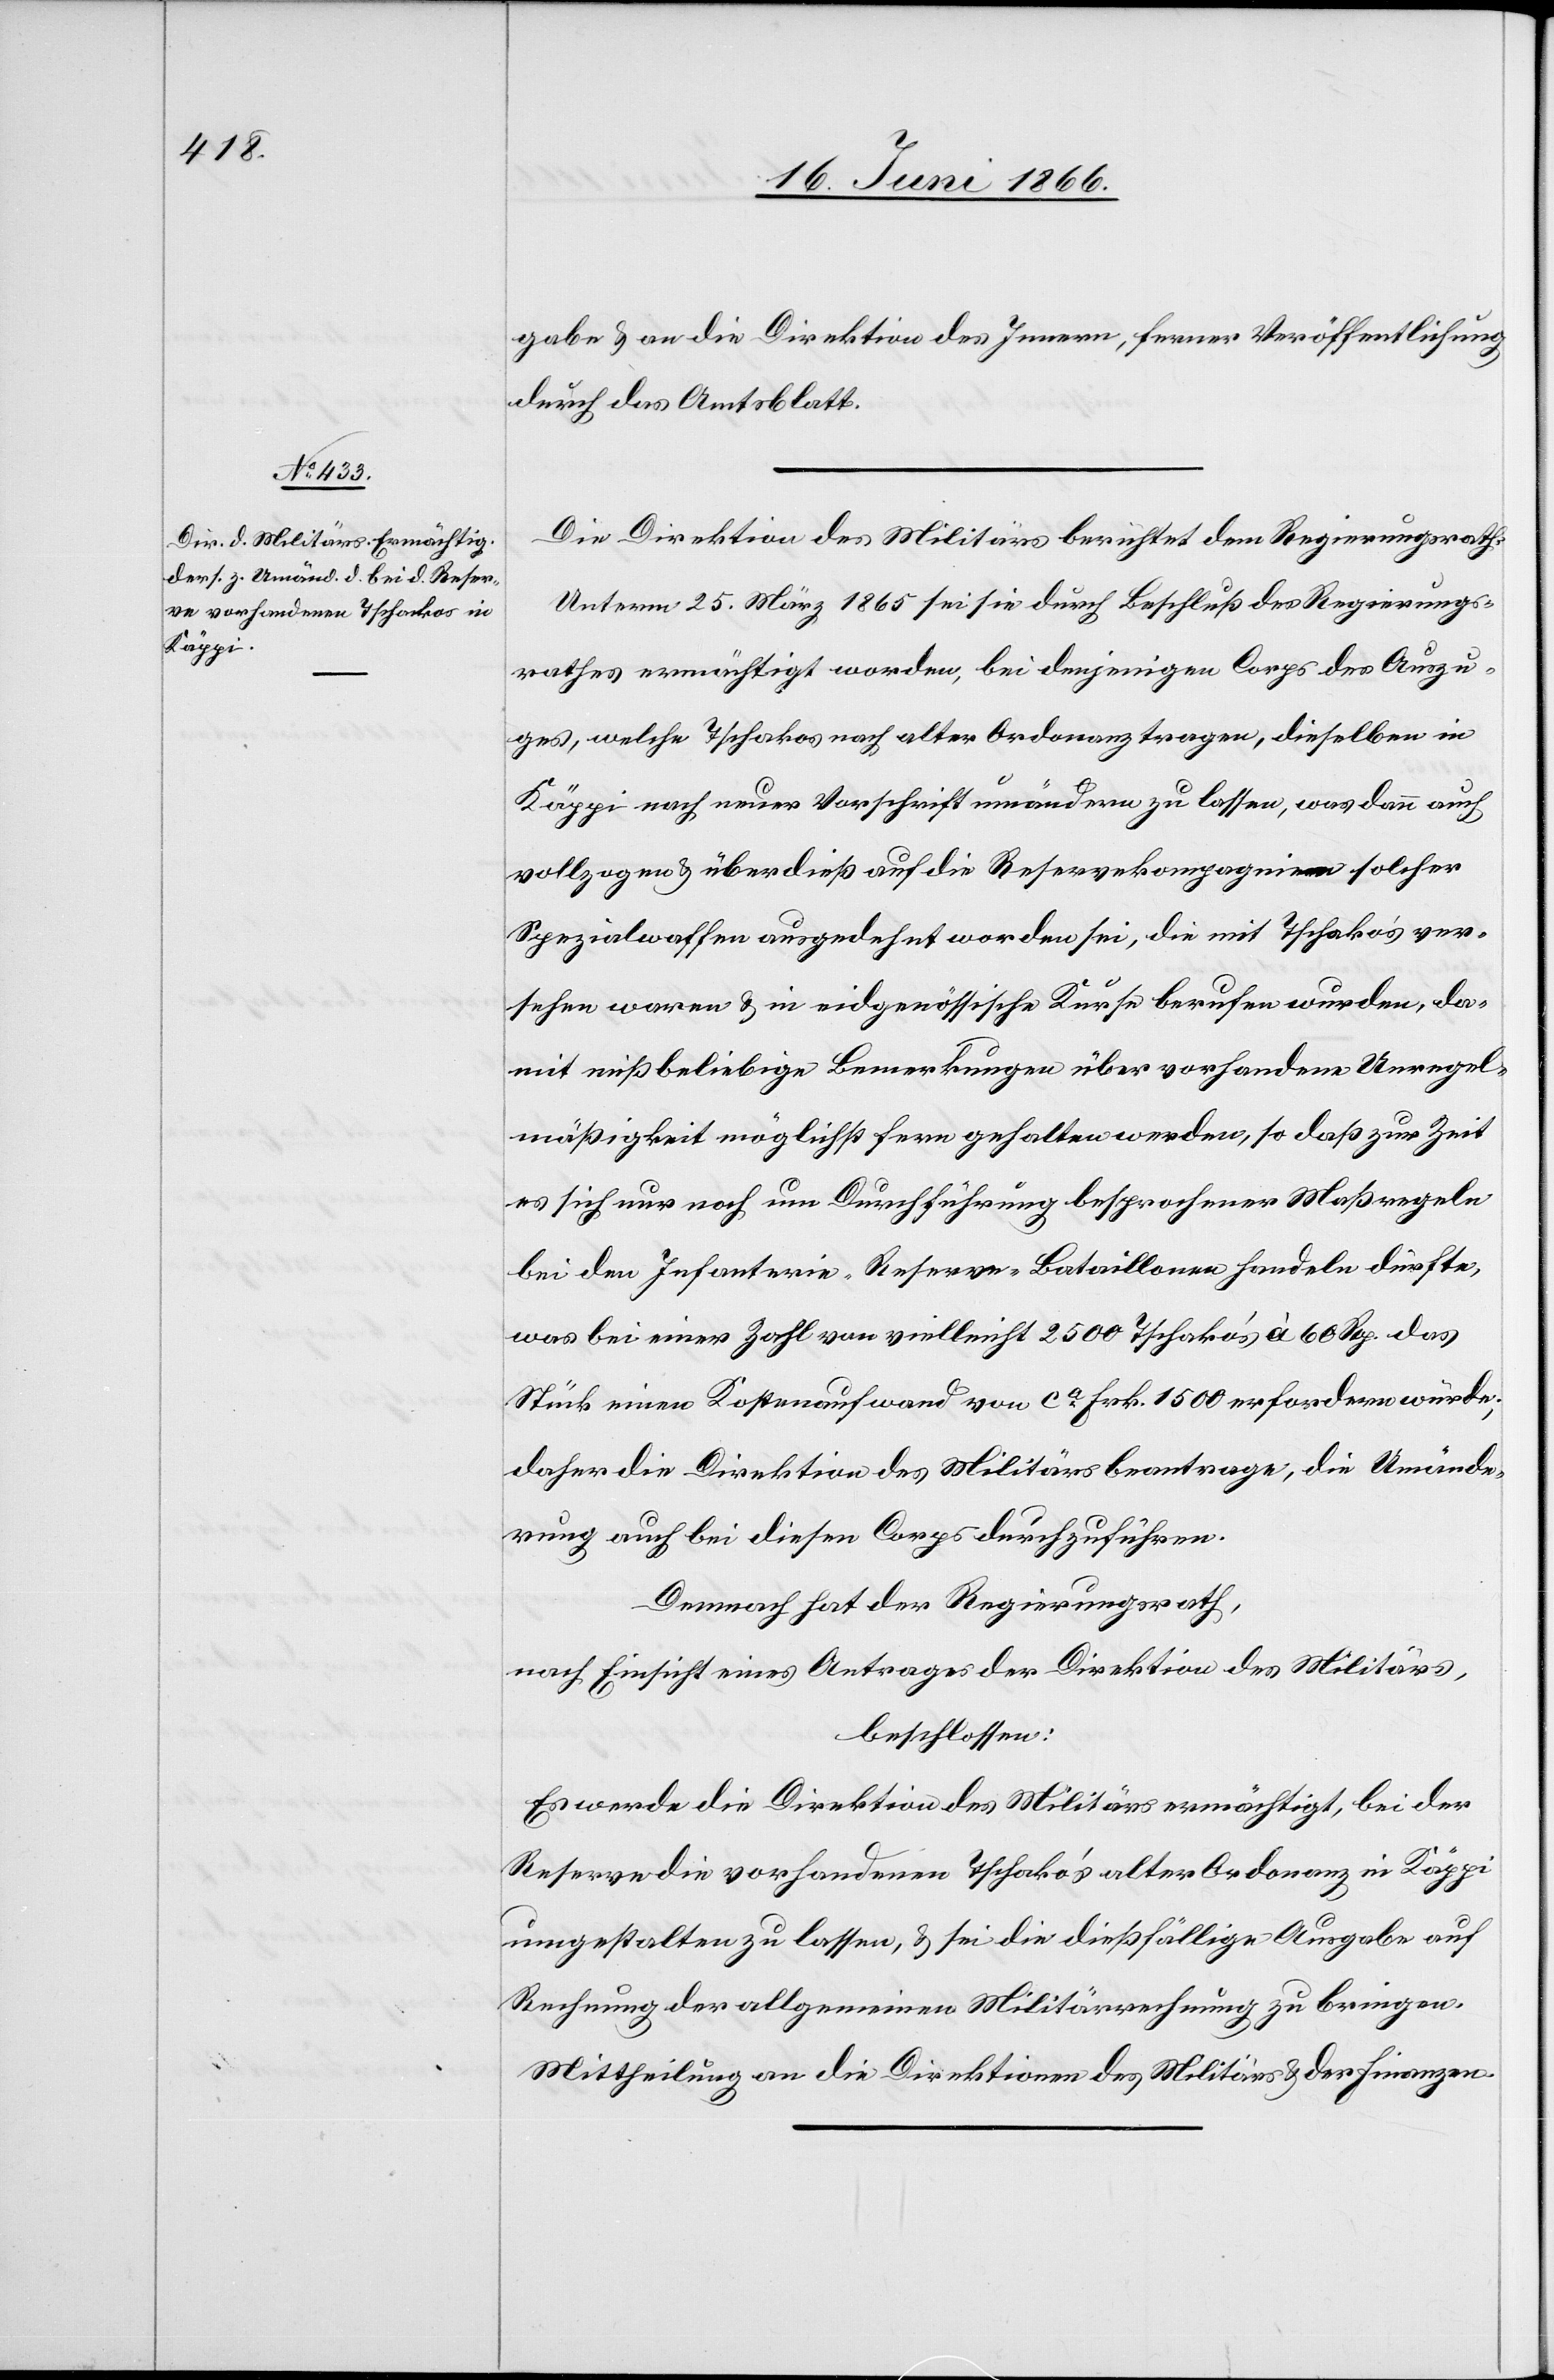
gabe u. an die Direktion des Innern, ferner Veröffentlichung
durch das Amtsblatt.
Die Direktion des Militärs berichtet dem Regierungsrath:
Unterm 25. März 1865 sei sie durch Beschluß des Regierungs¬
rathes ermächtigt worden, bei denjenigen Corps des Auszu¬
ges, welche Tschakos nach alter Ordnung tragen, dieselben in
Käppi nach neuer Vorschrift umändern zu lassen, was dann auch
vollzogen u. überdieß auf die Reservekompagnien solcher
Spezialwaffen ausgedehnt worden sei, die mit Tschakos ver¬
sehen waren u. in eidgenössische Kurse berufen wurden, da¬
mit mißbeliebige Bemerkungen über vorhandene Unregel¬
mäßigkeit möglichst fern gehalten werden, so daß zur Zeit
es sich nur noch um Durchführung besprochener Maßregeln
bei den Infanterie-Reserve-Bataillonen handeln dürfte,
was bei einer Zahl von vielleicht 2500 Tschako’s à 60 Rp. das
Stück einen Kostenaufwand von ca. Frk. 1500 erfordern würde;
daher die Direktion des Militärs beantrage, die Umände¬
rung auch bei diesen Corps durchzuführen.
Demnach hat der Regierungsrath,
nach Einsicht eines Antrages der Direktion des Militäres,
beschlossen:
Es werde die Direktion des Militärs ermächtigt, bei der
Reserve die vorhandenen Tschako’s alter Ordonanz in Käppi
umgestalten zu lassen, u. sei die dießfällige Ausgabe auf
Rechnung der allgemeinen Militärrechnung zu bringen.
Mittheilung an die Direktionen des Militärs u. der Finanzen.